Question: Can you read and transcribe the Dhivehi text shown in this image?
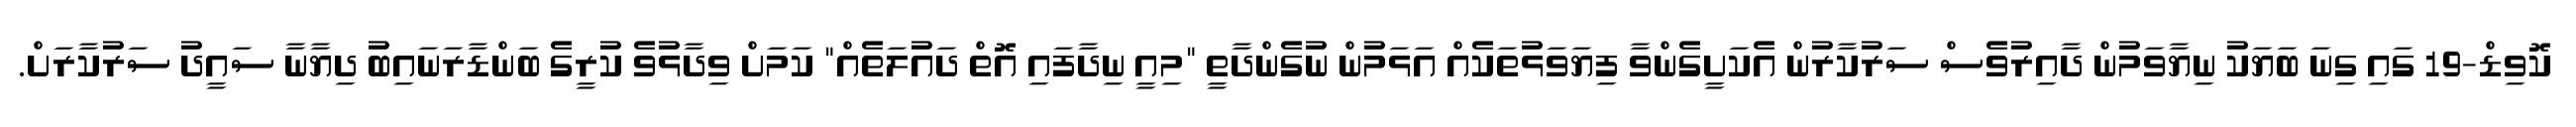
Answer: ކޮވިޑް-19 ގައި ގިނަ ބަޔަކު ނިޔާވަމުން ދާއިރުވެސް ސަރުކާރުން އެކަށީގެންވާ ފިޔަވަޅުތަކެއް އަޅަމުން ނުގެންދާތީ "މިއީ ނިދާފައި އޮތް ދައުލަތެއް" ކަމަށް ވިދާޅުވެ ކުރީގެ ބަންޑާރަނައިބު ދިޔާނާ ސައީދު ސަރުކާރަށް.